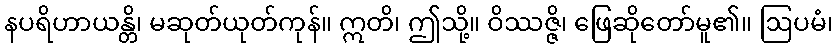
နပရိဟာယန္တိ၊ မဆုတ်ယုတ်ကုန်။ ဣတိ၊ ဤသို့။ ဝိဿဇ္ဇိ၊ ဖြေဆိုတော်မူ၏။ ဩပမံ၊